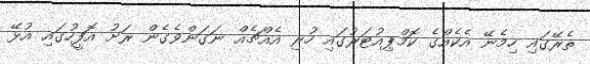
ތެރޭގައި ހިމެނޭ އެކެއްގެ ކޮމްޕިއުޓަރުގައި ހުރި އެއްޗެއް ނަގަންވެގެން ރަށު އޮފީހުގައި އުޅޭ